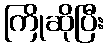
ကြိုဆိုပြီး